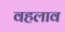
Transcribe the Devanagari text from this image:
वहलाव